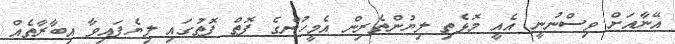
އޭނާއަށް ވިސްނުނީ އެއީ މޮޅެތި ލިޔުންތެރިން އެމީހުންގެ ފޮތް ފޮތުގައި ލިޔެފައިވާ އިބާރާތެއް